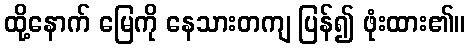
ထို့နောက် မြေကို နေသားတကျ ပြန်၍ ဖုံးထား၏။